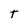
Character: T